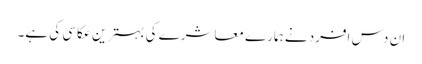
ان دس افرد نے ہمارے معاشرے کی بہترین عکاسی کی ہے۔